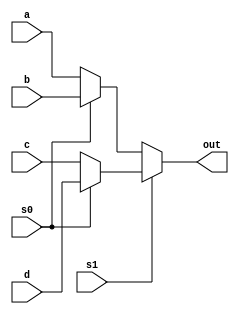
`timescale 1ns / 1ps
//////////////////////////////////////////////////////////////////////////////////
// Company: 
// Engineer: 
// 
// Design Name: 
// Module Name: mux41
// Project Name: 
// Target Devices: 
// Tool Versions: 
// Description: 
// 
// Dependencies: 
// 
// Revision:
// Revision 0.01 - File Created
// Additional Comments:
// 
//////////////////////////////////////////////////////////////////////////////////


module mux41(input a, input b, input c, input d, input s0, s1, output out);

assign out = s1 ? (s0 ? d : c) : (s0 ? b : a); 

endmodule